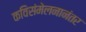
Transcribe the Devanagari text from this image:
कविसंमेलनानंतर